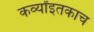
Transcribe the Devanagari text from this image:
कर्व्यांइतकाच